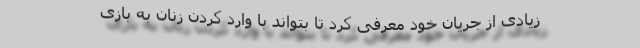
زیادی از جریان خود معرفی کرد تا بتواند با وارد کردن زنان به بازی